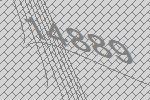
14889